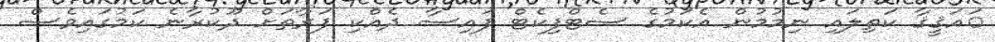
ައަޤީޤާ ކަތިލައި ނިމުމުން އެކަމުގެ ސެޓްފިކެޓް ފައިސާ ދެއްކި ފަރާތަށް ދޫކުރާނެ ކަމުގައިވެސް